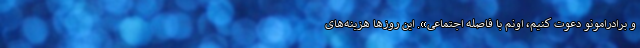
و برادرامونو دعوت کنیم، اونم با فاصله اجتماعی». این روزها هزینه‌های